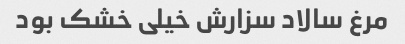
مرغ سالاد سزارش خیلی خشک بود